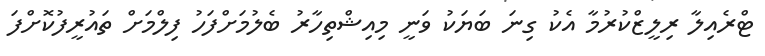
ޓްރެއިލާ ރިލީޒްކުރުމާ އެކު ގިނަ ބަޔަކު ވަނީ މިއިޝްތިހާރު ބެލުމަށްފަހު ފިލްމަށް ތައުރީފުކޮށްފަ